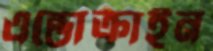
এন্ডোক্রাইন